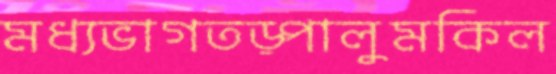
মধ্যভাগতড়্‌পালুমকিল